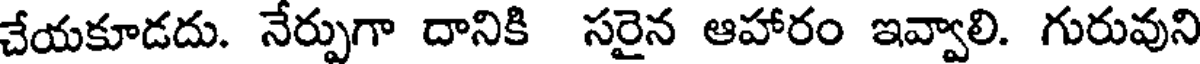
చేయకూడదు. నేర్పుగా దానికి సరైన ఆహారం ఇవ్వాలి. గురువుని